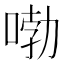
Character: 𠷺